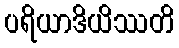
ပရိယာဒိယိဿတိ